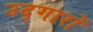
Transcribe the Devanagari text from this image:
उद्‌गारों